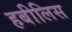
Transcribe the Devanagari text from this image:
हबीलिस